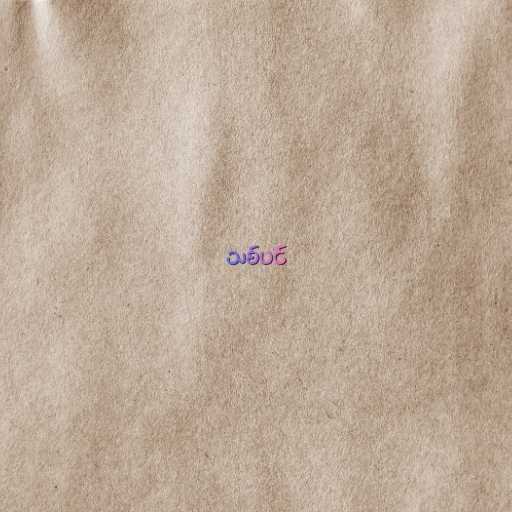
သစ်ပင်